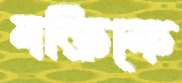
বক্তিকে